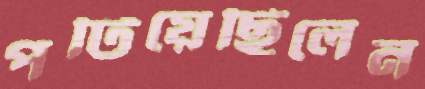
পটিয়েছিলেন